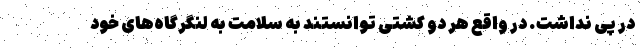
در پی نداشت. در واقع هر دو کشتی توانستند به سلامت به لنگرگاه‌های خود